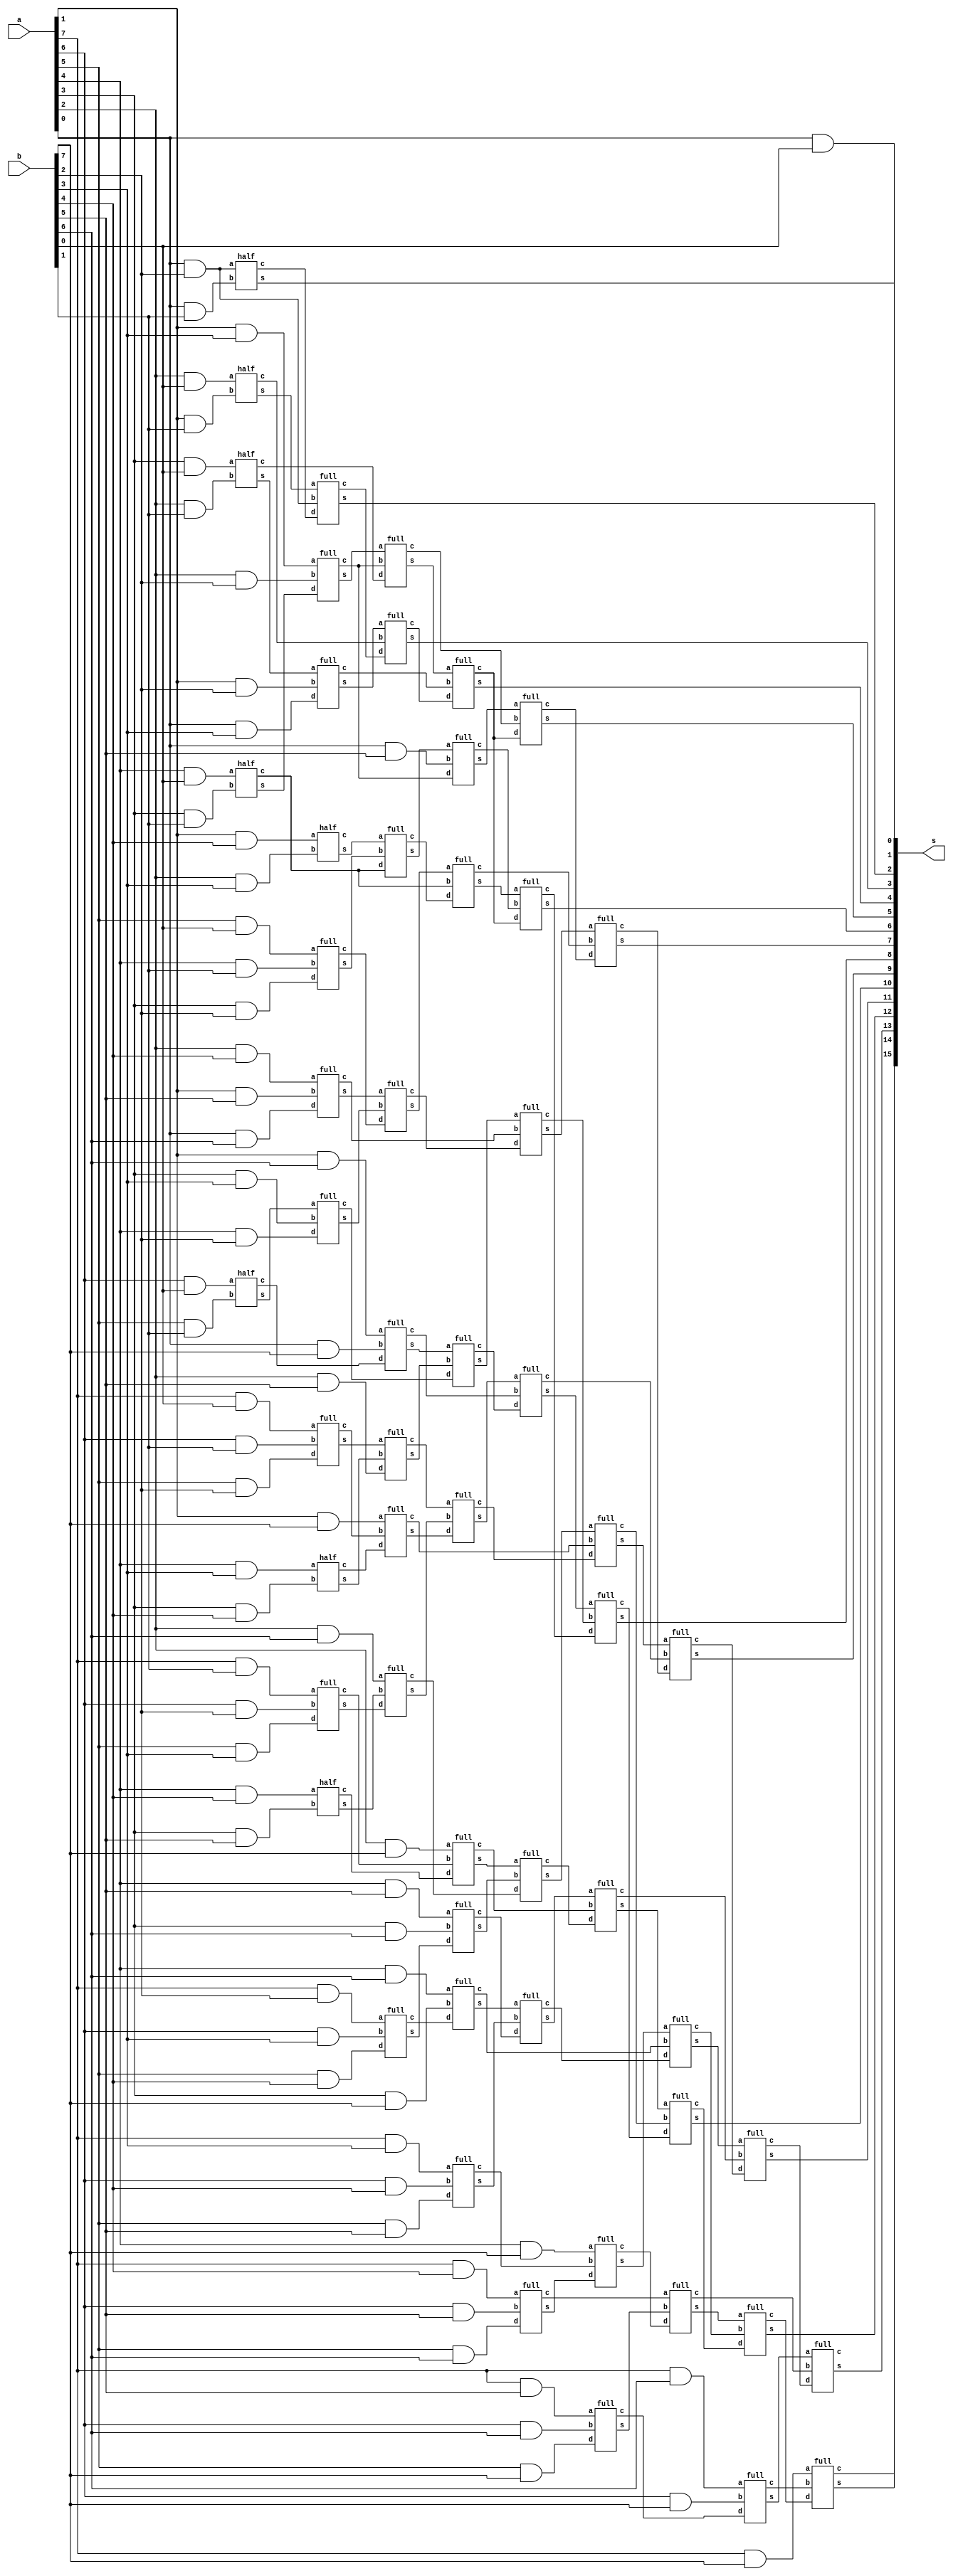
module dadda(s,a,b);

  output[15:0] s;

  input [7:0]a,b;

  wire [63:1]w;

  wire [42:1]u;

  wire [56:1]c;

  //s0

  and g8(s[0],a[0],b[0]);

 

  and g9(w[1],a[1],b[0]);

  and g10(w[2],a[0],b[1]);

  and g11(w[3],a[2],b[0]);

  and g12(w[4],a[1],b[1]);

  and g13(w[5],a[0],b[2]);

  and g14(w[6],a[3],b[0]);

  and g15(w[7],a[2],b[1]);

  and g16(w[8],a[1],b[2]);

  and g17(w[9],a[0],b[3]);

  and g18(w[10],a[4],b[0]);

  and g19(w[11],a[3],b[1]);

  and g20(w[12],a[2],b[2]);

  and g21(w[13],a[1],b[3]);

  and g22(w[14],a[0],b[4]);

  and g23(w[15],a[5],b[0]);

  and g24(w[16],a[4],b[1]);

  and g25(w[17],a[3],b[2]);

  and g26(w[18],a[2],b[3]);

  and g27(w[19],a[1],b[4]);

  and g28(w[20],a[0],b[5]);

  and g29(w[21],a[6],b[0]);

  and g30(w[22],a[5],b[1]);

  and g31(w[23],a[4],b[2]);

  and g32(w[24],a[3],b[3]);

  and g33(w[25],a[2],b[4]);

  and g34(w[26],a[1],b[5]);

  and g35(w[27],a[0],b[6]);

  and g36(w[28],a[7],b[0]);

  and g37(w[29],a[6],b[1]);

  and g38(w[30],a[5],b[2]);

  and g39(w[31],a[4],b[3]);

  and g40(w[32],a[3],b[4]);

  and g41(w[33],a[2],b[5]);

  and g42(w[34],a[1],b[6]);

  and g43(w[35],a[0],b[7]);

  and g44(w[36],a[7],b[1]);

  and g45(w[37],a[6],b[2]);

  and g46(w[38],a[5],b[3]);

  and g47(w[39],a[4],b[4]);

  and g48(w[40],a[3],b[5]);

  and g49(w[41],a[2],b[6]);

  and g50(w[42],a[1],b[7]);

  and g51(w[43],a[7],b[2]);

  and g52(w[44],a[6],b[3]);

  and g53(w[45],a[5],b[4]);

  and g54(w[46],a[4],b[5]);

  and g55(w[47],a[3],b[6]);

  and g56(w[48],a[2],b[7]);

  and g57(w[49],a[7],b[3]);

  and g58(w[50],a[6],b[4]);

  and g59(w[51],a[5],b[5]);

  and g60(w[52],a[4],b[6]);

  and g61(w[53],a[3],b[7]);

  and g62(w[54],a[7],b[4]);

  and g63(w[55],a[6],b[5]);

  and g64(w[56],a[5],b[6]);

  and g65(w[57],a[4],b[7]);

  and g66(w[58],a[7],b[5]);

  and g67(w[59],a[6],b[6]);

  and g68(w[60],a[5],b[7]);

  and g69(w[61],a[7],b[6]);

  and g70(w[62],a[6],b[7]);

  and g71(w[63],a[7],b[7]);

  //1

  full h1(u[1],c[1],w[43],w[44],w[45]);

  full h2(u[2],c[2],w[36],w[37],w[38]);

  full h3(u[3],c[3],w[28],w[29],w[30]);

  half h4(u[4],c[4],w[21],w[22]);

  half h5(u[5],c[5],w[39],w[40]);

  half h6(u[6],c[6],w[31],w[32]);

 

  //2

  full h7(u[7],c[7],w[54],w[55],w[56]);

  full h8(u[8],c[8],w[49],w[50],w[51]);

  full h9(u[9],c[9],w[46],w[47],u[1]);

  full h10(u[10],c[10],w[41],u[5],u[2]);

  full h11(u[11],c[11],u[3],u[6],w[33]);

  full h12(u[12],c[12],u[4],w[24],w[23]);

  full h13(u[13],c[13],w[15],w[16],w[17]);

 

  full h14(u[14],c[14],w[52],w[53],c[1]);

  full h15(u[15],c[15],w[48],c[2],c[5]);

  full h16(u[16],c[16],w[42],c[3],c[6]);

  full h17(u[17],c[17],w[34],w[35],c[4]);

  full h18(u[18],c[18],w[25],w[26],w[27]);

 

  half h19(u[19],c[19],w[10],w[11]);

  half h20(u[20],c[20],w[19],w[18]);

 

  //3

  full h21(u[21],c[21],w[58],w[59],w[60]);

  full h22(u[22],c[22],w[57],c[8],u[7]);

  full h23(u[23],c[23],u[14],u[8],c[9]);

  full h24(u[24],c[24],u[15],u[9],c[10]);

  full h25(u[25],c[25],c[11],u[10],u[16]);

  full h26(u[26],c[26],u[17],u[11],c[12]);

  full h27(u[27],c[27],u[18],u[12],c[13]);

  full h28(u[28],c[28],u[20],u[13],c[19]);

  full h29(u[29],c[29],w[13],w[12],u[19]);

  half h30(u[30],c[30],w[6],w[7]);

 

  //4

  full h31(u[31],c[31],w[61],w[62],c[21]);

  full h32(u[32],c[32],c[7],u[21],c[22]);

  full h33(u[33],c[33],u[22],c[14],c[23]);

  full h34(u[34],c[34],u[23],c[15],c[24]);

  full h35(u[35],c[35],u[24],c[16],c[25]);

  full h36(u[36],c[36],u[25],c[17],c[26]);

  full h37(u[37],c[37],u[26],c[18],c[27]);

  full h38(u[38],c[38],u[27],c[19],c[28]);

  full h39(u[39],c[39],u[28],w[20],c[29]);

  full h40(u[40],c[40],u[29],c[29],c[30]);

  full h41(u[41],c[41],u[30],w[8],w[9]);

  half h42(u[42],c[42],w[3],w[4]);

 //5

  half h43(s[1],c[56],w[5],w[2]);

  full h44(s[2],c[55],u[42],w[5],c[56]);

  full h45(s[3],c[54],u[41],c[42],c[55]);

  full h46(s[4],c[53],u[40],c[41],c[54]);

  full h47(s[5],c[52],u[39],c[40],c[53]);

  full h48(s[6],c[51],u[38],c[39],c[53]);

  full h49(s[7],c[50],u[37],c[38],c[52]);

  full h50(s[8],c[49],u[36],c[37],c[51]);

  full h51(s[9],c[48],u[35],c[36],c[50]);

  full h52(s[10],c[47],u[34],c[35],c[49]);

  full h53(s[11],c[46],u[33],c[34],c[48]);

  full h54(s[12],c[45],u[32],c[33],c[47]);

  full h55(s[13],c[44],u[31],c[32],c[46]);

  full h56(s[14],s[15],w[63],c[31],c[45]);

endmodule

 

module half(s,c,a,b);

output s,c;

input a,b;

and g1(c,a,b);

xor g2(s,a,b); 

endmodule

 

module full(s,c,a,b,d);

output s,c;

input a,b,d;

wire z1,z2,z3;

xor g3(s,a,b,d);

and g4(z1,a,b);

and g5(z2,a,d);

and g6(z3,d,b);

 or g7(c,z1,z2,z3);

endmodule